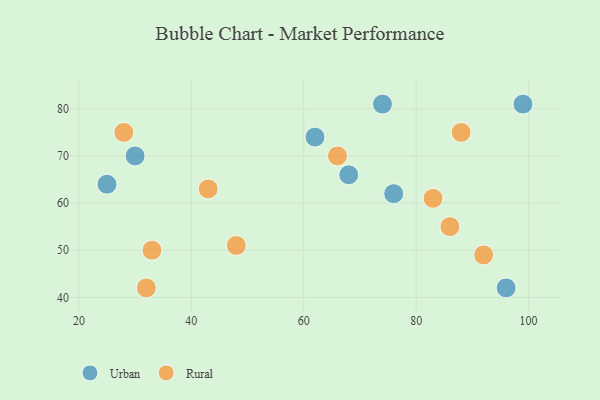
{"axis": {"x": "GDP", "y": "Life Expectancy"}, "legend": ["Rural", "Urban"], "data": [{"x": "25", "y": 64, "type": "Urban"}, {"x": "76", "y": 62, "type": "Urban"}, {"x": "68", "y": 66, "type": "Urban"}, {"x": "96", "y": 42, "type": "Urban"}, {"x": "62", "y": 74, "type": "Urban"}, {"x": "99", "y": 81, "type": "Urban"}, {"x": "30", "y": 70, "type": "Urban"}, {"x": "74", "y": 81, "type": "Urban"}, {"x": "92", "y": 49, "type": "Rural"}, {"x": "33", "y": 50, "type": "Rural"}, {"x": "66", "y": 70, "type": "Rural"}, {"x": "43", "y": 63, "type": "Rural"}, {"x": "83", "y": 61, "type": "Rural"}, {"x": "86", "y": 55, "type": "Rural"}, {"x": "88", "y": 75, "type": "Rural"}, {"x": "28", "y": 75, "type": "Rural"}, {"x": "48", "y": 51, "type": "Rural"}, {"x": "32", "y": 42, "type": "Rural"}]}